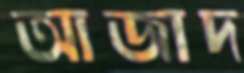
আজাদ